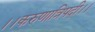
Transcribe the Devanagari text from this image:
।।करुणात्रिपदी।।